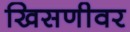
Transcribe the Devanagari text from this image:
खिसणीवर